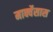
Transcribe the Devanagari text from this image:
मार्क्वेसास